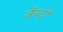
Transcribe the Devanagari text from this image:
केंन्दों